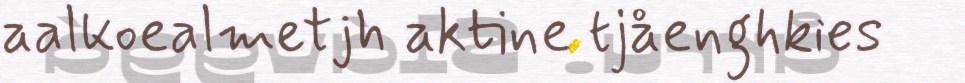
aalkoealmetjh aktine tjåenghkies